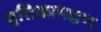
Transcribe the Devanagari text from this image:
मृत्तिकाभक्षण